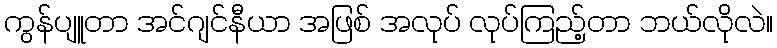
ကွန်ပျူတာ အင်ဂျင်နီယာ အဖြစ် အလုပ် လုပ်ကြည့်တာ ဘယ်လိုလဲ။